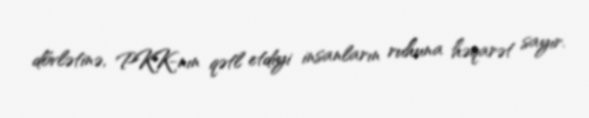
dövlətinə, PKK-nın qətl etdiyi insanların ruhuna həqarət sayır.